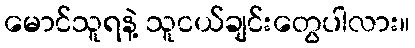
မောင်သူရနဲ့ သူငယ်ချင်းတွေပါလား။